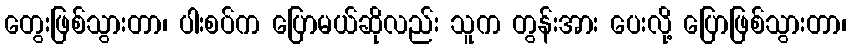
တွေးဖြစ်သွားတာ၊ ပါးစပ်က ပြောမယ်ဆိုလည်း သူက တွန်းအား ပေးလို့ ပြောဖြစ်သွားတာ၊